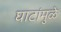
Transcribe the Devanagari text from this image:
घाटांमुळे